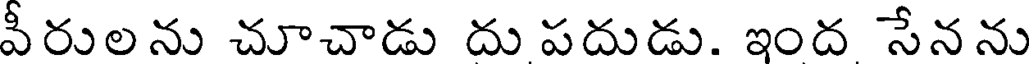
వీరులను చూచాడు దు పదుడు. ఇంద సేనను